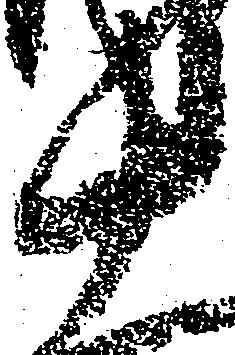
十